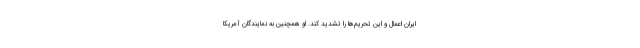
ایران اعمال و این تحریم‌ها را تشدید کند. او همچنین به نمایندگان آمریکا